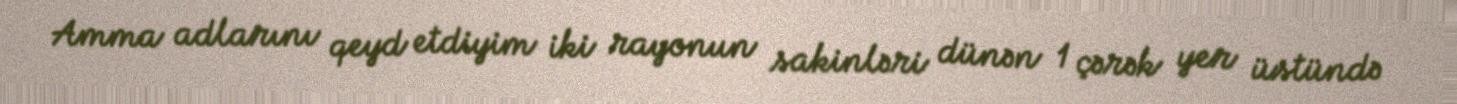
Amma adlarını qeyd etdiyim iki rayonun sakinləri dünən 1 çərək yer üstündə